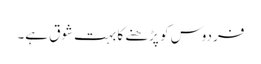
فردوس کو پڑھنے کا بہت شوق ہے۔